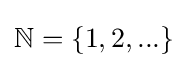
\mathbb {N} =\{1,2,...\}